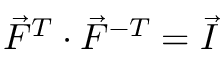
\vec { F } ^ { T } \cdot \vec { F } ^ { - T } = \vec { I }